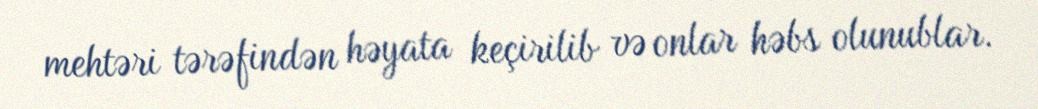
mehtəri tərəfindən həyata keçirilib və onlar həbs olunublar.